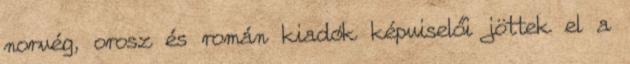
norvég, orosz és román kiadók képviselői jöttek el a